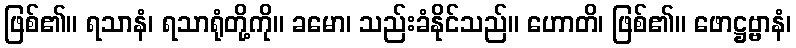
ဖြစ်၏။ ရသာနံ၊ ရသာရုံတို့ကို။ ခမော၊ သည်းခံနိုင်သည်။ ဟောတိ၊ ဖြစ်၏။ ဖောဋ္ဌဗ္ဗာနံ၊